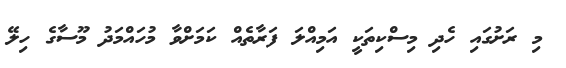
މި ރަށުގައި ހެދި މިސްކިތަކީ އަމިއްލަ ފަރާތެއްް ކަމަށްވާ މުހައްމަދު މޫސާގެ ހިލޭ